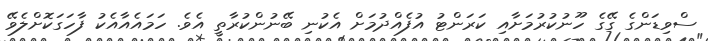
ސްވިޑަންގެ ގޭގެ ހޫނުކުރުމަށާއި ކަރަންޓު އުފެއްދުމަށް އެކުނި ބޭނުންކުރާތީ އެވެ. ހަމައެއާއެކު ފާހަގަކޮށްލެވޭ